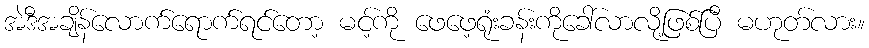
အဲဒီအချိန်လောက်ရောက်ရင်တော့ မင့်ကို ဖေဖေ့ရုံးခန်းကိုခေါ်လာလို့ဖြစ်ပြီ မဟုတ်လား။